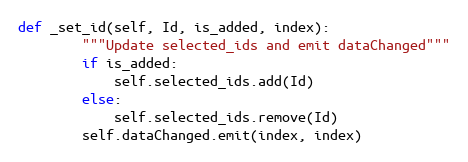
Language: Python
def _set_id(self, Id, is_added, index):
        """Update selected_ids and emit dataChanged"""
        if is_added:
            self.selected_ids.add(Id)
        else:
            self.selected_ids.remove(Id)
        self.dataChanged.emit(index, index)